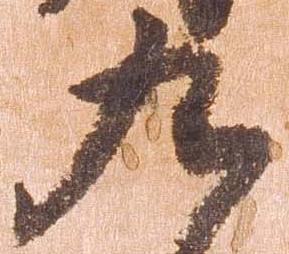
九